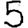
Digit: 5